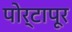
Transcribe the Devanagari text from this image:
पोर्टापूर